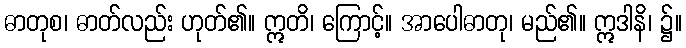
ဓာတုစ၊ ဓာတ်လည်း ဟုတ်၏။ ဣတိ၊ ကြောင့်။ အာပေါဓာတု၊ မည်၏။ ဣဒါနိ၊ ၌။